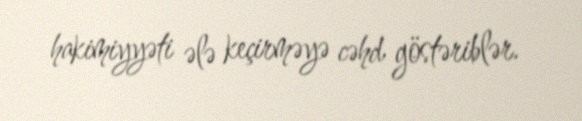
hakimiyyəti ələ keçirməyə cəhd göstəriblər.